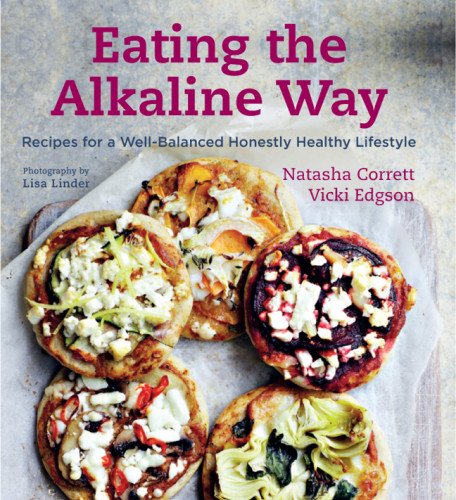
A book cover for Eating the Alkaline Way: Recipes for a Well-Balanced Honestly Healthy Lifestyle; Natasha Corrett; Cookbooks, Food & Wine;